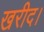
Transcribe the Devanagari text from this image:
खरीद।